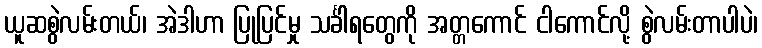
ယူဆစွဲလမ်းတယ်၊ အဲဒါဟာ ပြုပြင်မှု သင်္ခါရတွေကို အတ္တကောင် ငါကောင်လို့ စွဲလမ်းတာပါပဲ၊